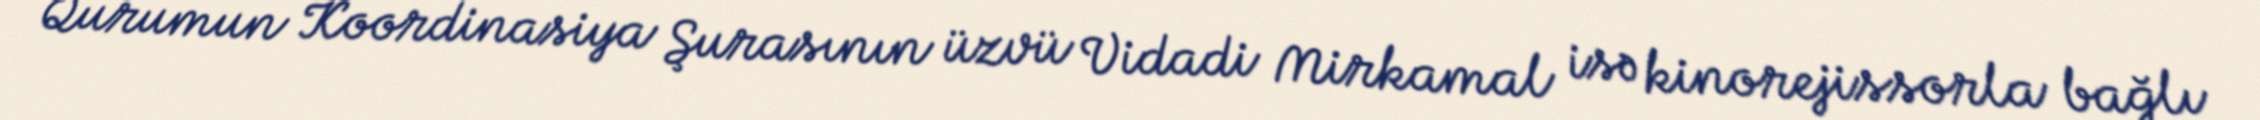
Qurumun Koordinasiya Şurasının üzvü Vidadi Mirkamal isə kinorejissorla bağlı